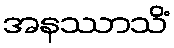
အနဿာသိံ